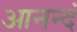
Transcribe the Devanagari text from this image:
आनन्दं